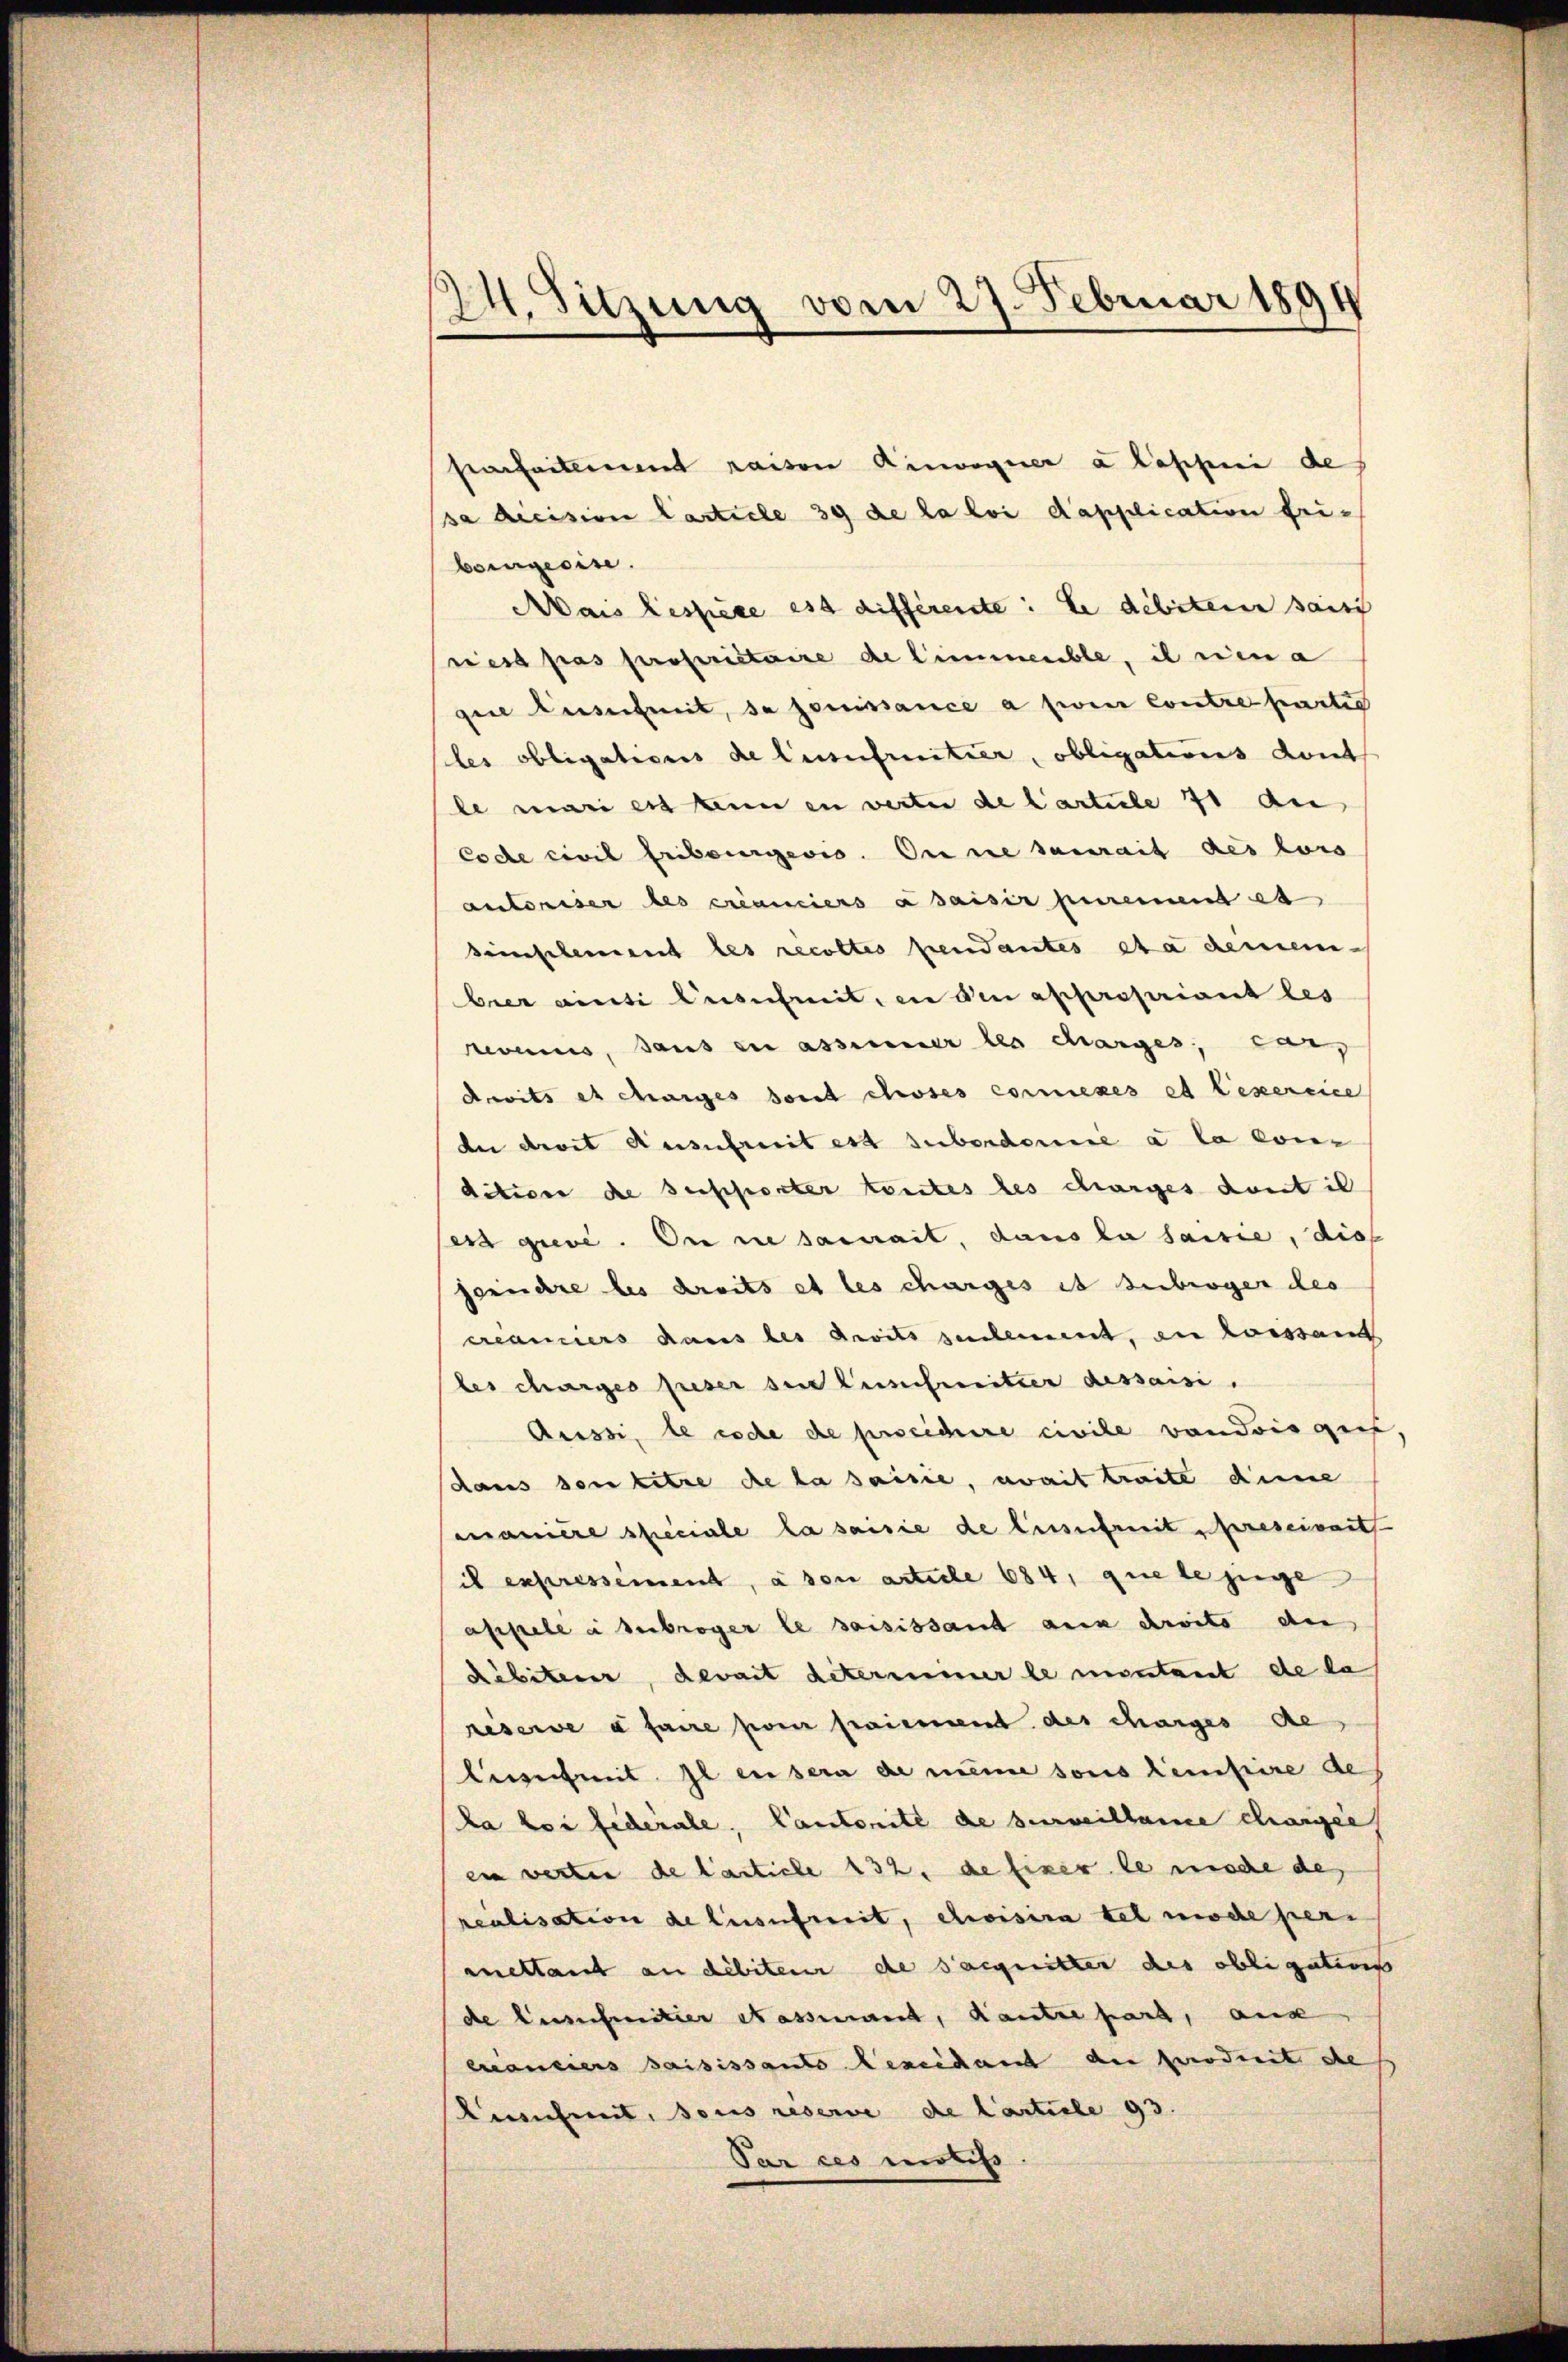
24. Sitzung vom 27. Februar 1894

Parfaitement raison Ainvoquer a lappei de
sa dicision Carticle 39 de la loi d’application friboingeeise.
Mais lessere est différente: le débiteren saisc
riest pas propriétaire de limmeuble, il rien a
geie Ausschreit, da jouissance a zwei Contre partie
siles obligations de l’usufruitier, obligations dont
le mari er kein in werter de Cartule 71 an
Code civil Fribourgeris. Anne saurait des hors
autoriser des créanciers a saisir purement es
simplement les recoltes pendantes eta demein-
brer ainti Ausschmit, in den appropriant les
evenus, sans zu assinner les darges, war,
dovits et charges dont choses commenes et lexercice
de droit Ausufruit est subordere a la kondition de sessorter toutes des charges dont il
ess grevé. On in sacrait, dans la saisie, dies
gerühre les droits et les charges et Suberger des
creaniers dans les droits zudemmt, an Loissant
les charges preser den Ausschmitter dessaisi
Aussi, le code de procidire civile von dringen
daus den titre de la saisie, womit traite deine
Comanière speciale la saisie de lusufruit schereservant
 expressement, à son article 684, que le juge
appelé à subroger le saisissant aux droits an
Rebiterer, devait determiner le montant de da
reserve à faire pom paiement des charges de
Ainsich mit Il ensera de meine sous leistire de
la loi fédérale, Cantonité de surveillame chargée
en werten de tarticle 132. de Einer le mode de
realisation de lusufruit, choisia tel mache pers
anellant an debiten de sacquitter des obligationss
de Hinschmitter et assiert, Kautze hart, auc
eanciers saisissant beseidant au produit de
Lienheit, sous reserve de Carticle 93.
Par ces mortiss